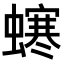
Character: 𧑚